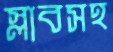
স্লাবসহ